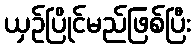
ယှဉ်ပြိုင်မည်ဖြစ်ပြီး